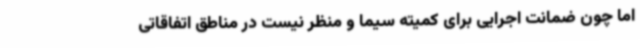
اما چون ضمانت اجرایی برای کمیته سیما و منظر نیست در مناطق اتفاقاتی